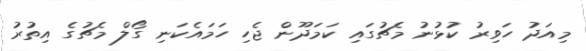
މިއަދު ހަވިރު ކުޅުނު މެޗުގައި ކަމަދޫން ޖެހި ހަމައެކަނި ގޯލް މެޗުގެ އިތުރު